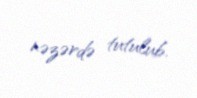
nəzərdə tutulub.